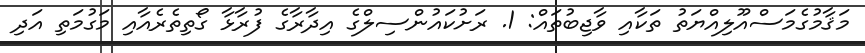
މަޤާމުގެމަސްއޫލިއްޔަތު ތަކާއި ވާޖިބުތައް: 1. ރަށުކައުންސިލްގެ އިދާރާގެ ފުރާޅާ ގޯތިތެރެއާއި މަގުމަތި އަދި